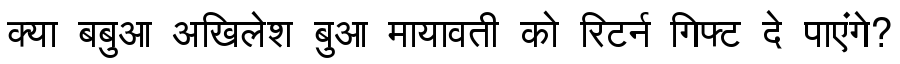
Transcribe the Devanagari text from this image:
क्या बबुआ अखिलेश बुआ मायावती को रिटर्न गिफ्ट दे पाएंगे?